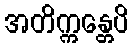
အတိက္ကန္တေပိ